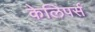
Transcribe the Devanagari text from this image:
केलिपर्स